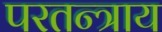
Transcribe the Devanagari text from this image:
परतन्त्राय